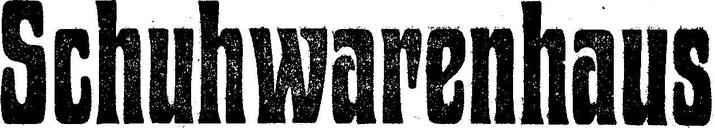
Schuhwarenhaus